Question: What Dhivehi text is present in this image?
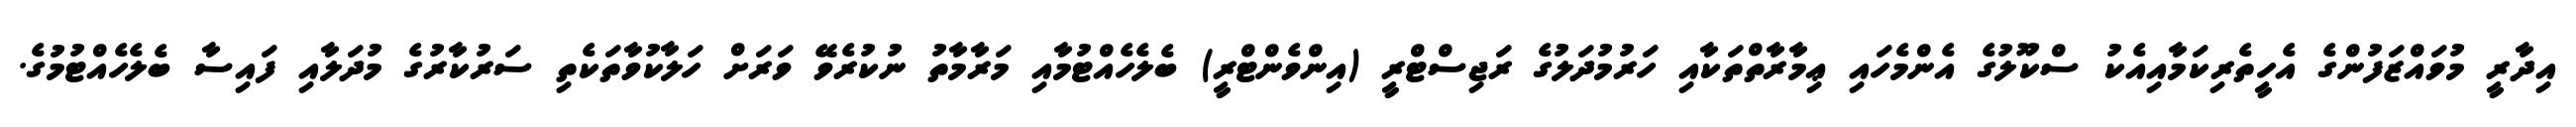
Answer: އިދާރީ މުވައްޒަފުންގެ އެހީތެރިކަމާއިއެކު ސްކޫލުގެ އެންމެހައި ޢިމާރާތްތަކާއި ހަރުމުދަލުގެ ރަޖިސްޓްރީ (އިންވެންޓްރީ) ބެލެހެއްޓުމާއި މަރާމާތު ނުކުރެވޭ ވަރަށް ހަލާކުވާތަކެތި ސަރުކާރުގެ މުދަލާއި ފައިސާ ބެލެހެއްޓުމުގެ.